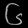
Digit: ၆